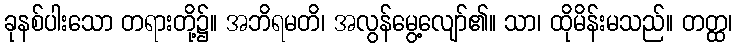
ခုနစ်ပါးသော တရားတို့၌။ အဘိရမတိ၊ အလွန်မွေ့လျော်၏။ သာ၊ ထိုမိန်းမသည်။ တတ္ထ၊